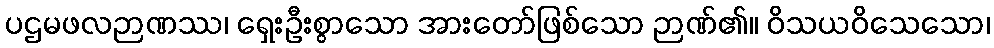
ပဌမဖလဉာဏဿ၊ ရှေးဦးစွာသော အားတော်ဖြစ်သော ဉာဏ်၏။ ဝိသယဝိသေသော၊